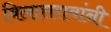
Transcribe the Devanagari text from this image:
विलासरावांनी